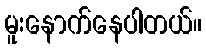
မူးနောက်နေပါတယ်။